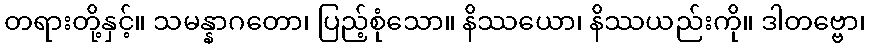
တရားတို့နှင့်။ သမန္နာဂတော၊ ပြည့်စုံသော။ နိဿယော၊ နိဿယည်းကို။ ဒါတဗ္ဗော၊